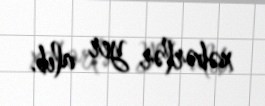
xəbərlər yer alıb.